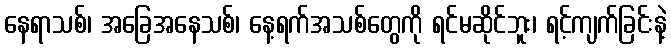
နေရာသစ်၊ အခြေအနေသစ်၊ နေ့ရက်အသစ်တွေကို ရင်မဆိုင်ဘူး၊ ရင့်ကျက်ခြင်းနဲ့